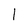
Character: 1